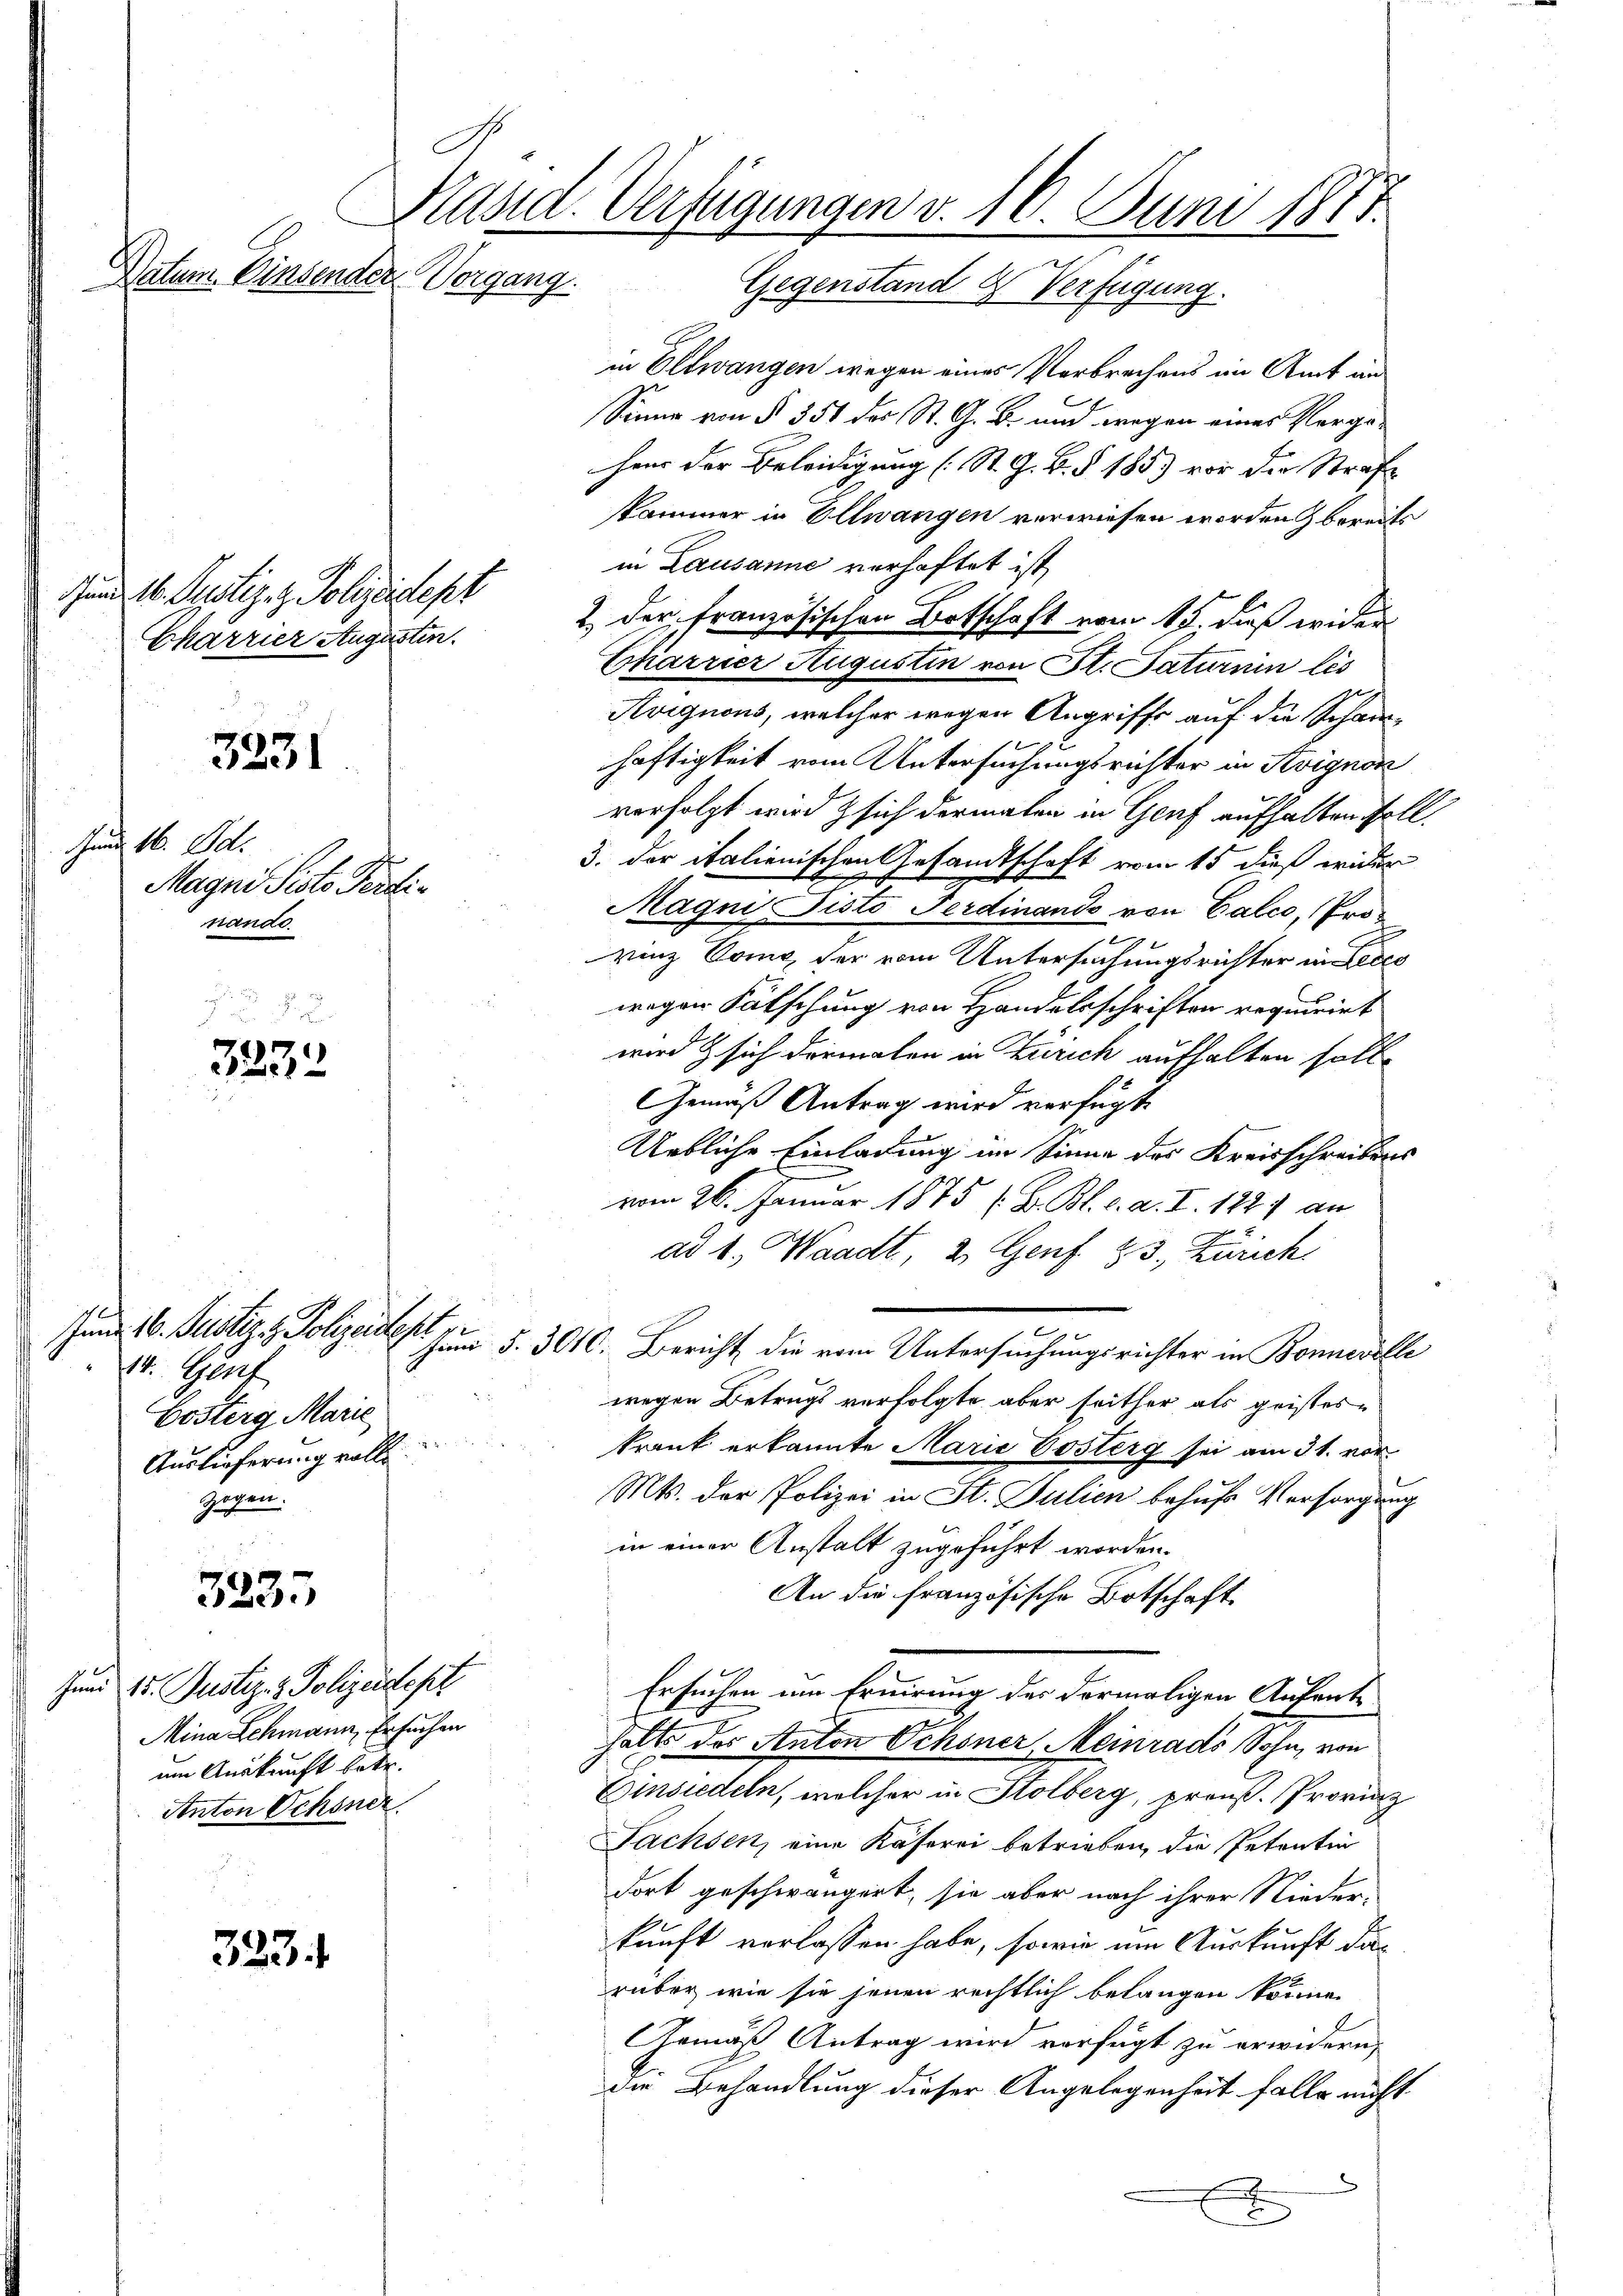
C
Datum. Einsender Vorgang.

3231

3232

3235

323.

dund 16. Justiz- & Polizeidept
Charrier Augusten.

und 16. Oct.
Maani Pisto Peilinande.

Junn 16. Justiz & Polizeidest pr
14. Genf
Cöstern Marie
Auslieferung volle
zogen.

Jund 15. Justiz- & Polizeidept
Mina Schmann, Ersuchen
um Auskunft betr.
Anton Schöner

Käsid. Verfügungen v. 10. Juni 1875.

Gegenstand & Verfügung.
in Ellwangen wegen eines Verbrechens im Amt und
Sinne von § 351 des St. G. B. und wegen einer Vergeheur der Beleidigung (St. G. B. § 185) vor der Strafe
kammer in Ellwangen verwiesen worden bereits
in Lausanne verhaftet ist,
2. der französischen Ortschaft vom 15. daß wider
Chiarrier Augustin von St. Saturnin les
Kvignons, welcher wegen Angriffe auf die Schanhäftigkeit vom Untersuchungsrichter in Svignon
verfolgt wird & sich dermalen in Genf aufhalten soll.
3. der italienischen Gesandtschaft vom 15 dieß wider
Magni Pisto Ferdinando von Calco, (Prorinz Como, der vom Untersuchungsrichter im Bes
wegen Fälschung von Handelsschriften requirirt
wird & sich dermalen in Zürich aufhalten soll.
Gemäß Antrag wird verfügt
Uebliche Einladung im Sinne des Kreisschreibens
vom 26. Januar 1875 (B. Bl. c. a. I. 182) an
ad 1., Waadt, 2 Genf. 23. Zürich
e
Juni §. 3010. Bericht die vom Untersuchungsrichter in Bonnerelle
wegen Betrugs verfolgte aber seither als geistes
krank erkannte Marie Posterg sei am 31. vor
Mts. der Polizei in St. Julien behufs Versorgung
in einer Anstalt zugeführt worden.
An die französische Botschaft
Ersuchen um Eruirung des dermaligen Aufenthalt des Anton Schoner Meinrads Sohn, von
Einsiedeln, welcher in Stolberg, preuß. Provinz
Sachsen, eine Kaserei betrieben, die Petentin
dort geschwängert, sie aber nach ihrer Nieder-
kunft verlassen habe, sowie um Auskunft darüber, wie sie jenen rechtlich belangen könne.
Armäß Antrag wird verfügt zu erwidern,
die Behandlung dieser Angelegenheit falle nicht
x